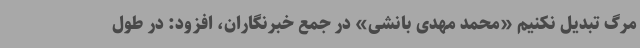
مرگ تبدیل نکنیم «محمد مهدی بانشی» در جمع خبرنگاران، افزود: در طول